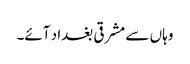
وہاں سے مشرقی بغداد آئے۔